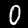
Digit: 0